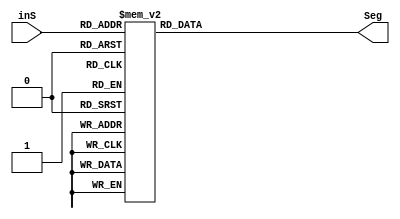
module ssd (
   input [3:0] inS,
   output reg [6:0] Seg  
);

always @* begin

    /*
         A
      |------|
    F \  g   \ B
      |------|
    E \      \ C
      |------|
         D
    */

    case(inS)
    4'b0000: Seg=7'b1000000; // 0
    4'b0001: Seg=7'b1111001; // 1 
    4'b0010: Seg=7'b0100100; // 2 
    4'b0011: Seg=7'b0110000; // 3 
    4'b0100: Seg=7'b0011001; // 4 
    4'b0101: Seg=7'b0010010; // 5 
    4'b0110: Seg=7'b0000010; // 6 
    4'b0111: Seg=7'b1111000; // 7 
    4'b1000: Seg=7'b0000000; // 8 
    4'b1001: Seg=7'b0010000; // 9 
    default: Seg=7'b1111111;
    endcase
end
endmodule //SSD